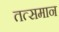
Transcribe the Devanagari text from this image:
तत्समान